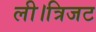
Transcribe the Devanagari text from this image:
ली।त्रिजट